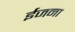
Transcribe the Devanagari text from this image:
ईजना